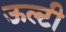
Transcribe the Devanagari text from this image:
ऊल्टी